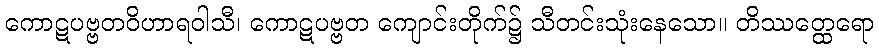
ကောဋပဗ္ဗတဝိဟာရဝါသီ၊ ကောဋပဗ္ဗတ ကျောင်းတိုက်၌ သီတင်းသုံးနေသော။ တိဿတ္ထေရော